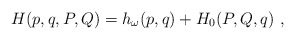
\begin{align*}H(p,q,P,Q)=h_\omega(p,q)+H_0(P,Q,q)\ ,\end{align*}